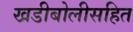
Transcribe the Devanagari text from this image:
खडीबोलीसहित